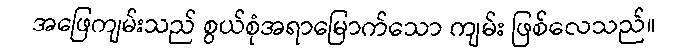
အဖြေကျမ်းသည် စွယ်စုံအရာမြောက်သော ကျမ်း ဖြစ်လေသည်။